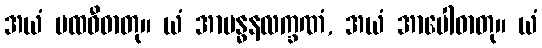
အယံ ပထဝီဓာတု။ ယံ အာဗန္ဓနလက္ခဏံ, အယံ အာပေါဓာတု။ ယံ